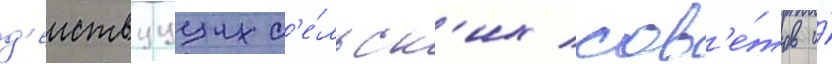
д'еиствуущих с'е́льск'их сов'е́тов и́